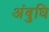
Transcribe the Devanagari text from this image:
अंबुधि